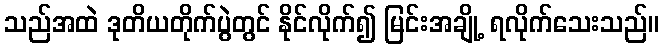
သည်အထဲ ဒုတိယတိုက်ပွဲတွင် နိုင်လိုက်၍ မြင်းအချို့ ရလိုက်သေးသည်။